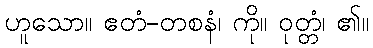
ဟူသော။ ဧတံ-တစနံ၊ ကို။ ဝုတ္တံ၊ ၏။